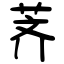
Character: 荠